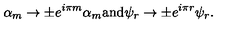
\alpha _ { m } \rightarrow \pm e ^ { i \pi m } \alpha _ { m } \mathrm { a n d } \psi _ { r } \rightarrow \pm e ^ { i \pi r } \psi _ { r } .